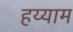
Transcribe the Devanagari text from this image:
हय्याम